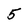
Character: 5